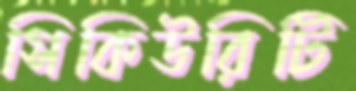
সিকিউরিটি